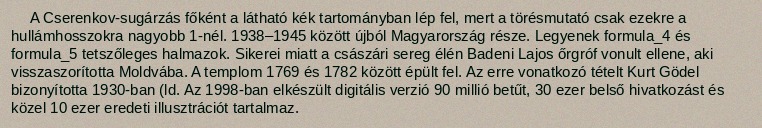
A Cserenkov-sugárzás főként a látható kék tartományban lép fel, mert a törésmutató csak ezekre a hullámhosszokra nagyobb 1-nél. 1938–1945 között újból Magyarország része. Legyenek formula_4 és formula_5 tetszőleges halmazok. Sikerei miatt a császári sereg élén Badeni Lajos őrgróf vonult ellene, aki visszaszorította Moldvába. A templom 1769 és 1782 között épült fel. Az erre vonatkozó tételt Kurt Gödel bizonyította 1930-ban (ld. Az 1998-ban elkészült digitális verzió 90 millió betűt, 30 ezer belső hivatkozást és közel 10 ezer eredeti illusztrációt tartalmaz.